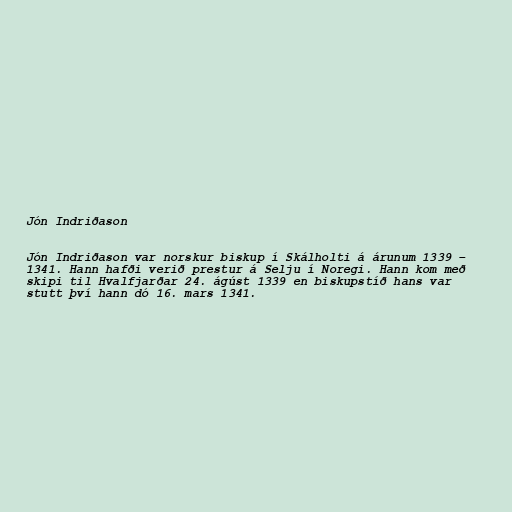
Jón Indriðason

Jón Indriðason var norskur biskup í Skálholti á árunum 1339 –
1341. Hann hafði verið prestur á Selju í Noregi. Hann kom með
skipi til Hvalfjarðar 24. ágúst 1339 en biskupstíð hans var
stutt því hann dó 16. mars 1341.